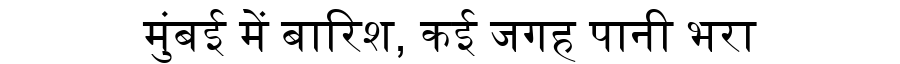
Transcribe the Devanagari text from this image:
मुंबई में बारिश, कई जगह पानी भरा